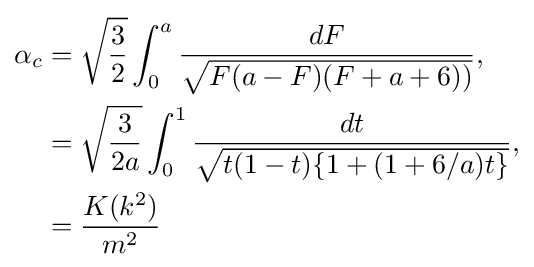
{\begin{aligned}\alpha _{c}&={\sqrt {\frac {3}{2}}}\int _{0}^{a}{\frac {dF}{\sqrt {F(a-F)(F+a+6))}}},\\&={\sqrt {\frac {3}{2a}}}\int _{0}^{1}{\frac {dt}{\sqrt {t(1-t)\{1+(1+6/a)t\}}}},\\&={\frac {K(k^{2})}{m^{2}}}\end{aligned}}